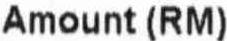
AMOUNT (RM)